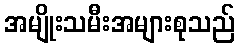
အမျိုးသမီးအများစုသည်